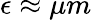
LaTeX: \epsilon\approx\mu m